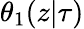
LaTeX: \theta_{1}(z|\tau)